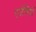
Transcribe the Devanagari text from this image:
एजेंसियों